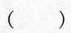
（ ）